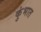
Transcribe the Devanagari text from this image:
कुंभात